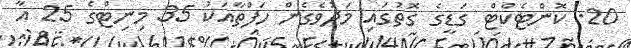
20. ކޮންޓެކްޓް ގަޑީގެ ގޮތުގައި މަދުވެގެން ހަފްތާއަކު 35 މިނިޓްގެ 25 އާ